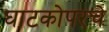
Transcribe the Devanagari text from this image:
घाटकोपरचे